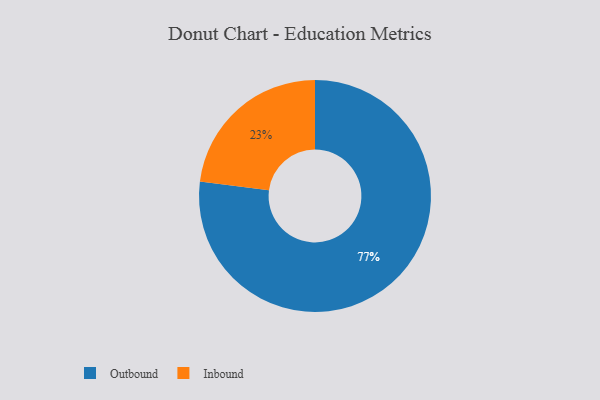
{"axis": {"x": "Category", "y": "Percentage"}, "legend": ["Inbound", "Outbound"], "data": [{"x": "Outbound", "y": 77, "type": "Outbound"}, {"x": "Inbound", "y": 23, "type": "Inbound"}]}